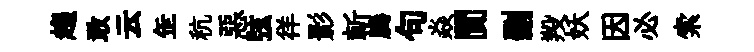
趨敢云𦈢秔惡弦徉影斬腾句焱閴删羖妖因必索